Scottish Certificate of Education, 1962
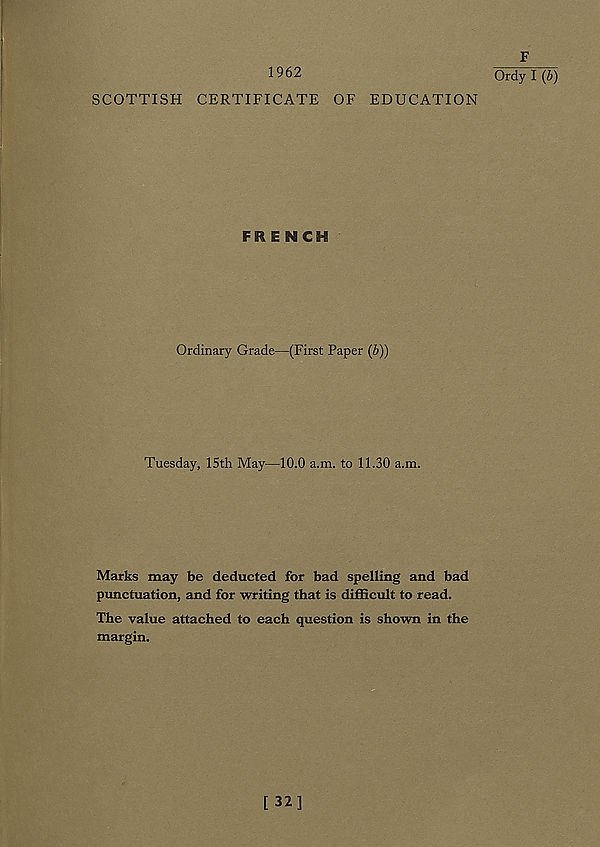
1962
SCOTTISH CERTIFICATE OF EDUCATION
FRENCH
Ordinary Grade—(First Paper (b))
Tuesday, 15th May—10.0 a.m. to 11.30 a.m.
Marks may be deducted for bad spelling and bad
punctuation, and for writing that is difficult to read.
The value attached to each question is shown in the
margin.
F
Ordy I (b)
[ 32]